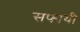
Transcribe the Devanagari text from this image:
सफायी